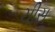
ચીસ